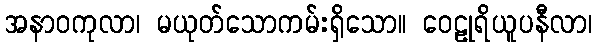
အနာဝကုလာ၊ မယုတ်သောကမ်းရှိသော။ ဝေဠုရိယူပနီလာ၊